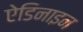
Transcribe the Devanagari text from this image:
ऐडिनाइन